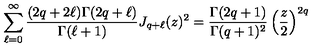
\sum _ { \ell = 0 } ^ { \infty } \frac { ( 2 q + 2 \ell ) \Gamma ( 2 q + \ell ) } { \Gamma ( \ell + 1 ) } J _ { q + \ell } ( z ) ^ { 2 } = \frac { \Gamma ( 2 q + 1 ) } { \Gamma ( q + 1 ) ^ { 2 } } \left( \frac { z } { 2 } \right) ^ { 2 q }